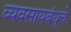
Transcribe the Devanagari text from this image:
व्यवसायबंधूचें